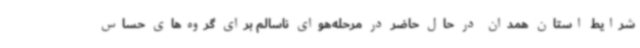
شرایط استان همدان در حال حاضر در مرحله‌هوای ناسالم برای گروه‌های حساس